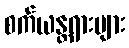
စက်ယန္တရားများ